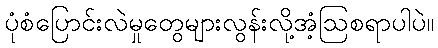
ပုံစံပြောင်းလဲမှုတွေများလွန်းလို့အံ့ဩစရာပါပဲ။